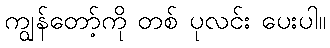
ကျွန်တော့်ကို တစ် ပုလင်း ပေးပါ။